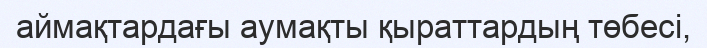
аймақтардағы аумақты қыраттардың төбесі,